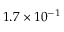
1 . 7 \times 1 0 ^ { - 1 }